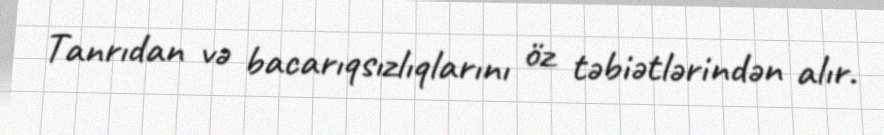
Tanrıdan və bacarıqsızlıqlarını öz təbiətlərindən alır.